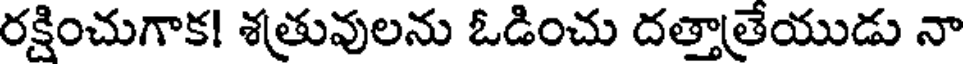
రక్షించుగాక! శత్రువులను ఓడించు దత్తాత్రేయుడు నా